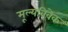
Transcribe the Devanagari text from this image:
मूल्यविवेक